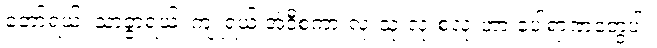
ဘော်ရယ်၊ သာခွာရယ်၊ ကျူရယ် အဲဒီစကားလုံးသုံးလုံးစလုံးဟာ ပေါရာဏတွေပါ။